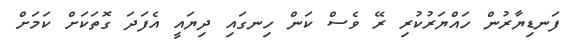
ފަނޑިޔާރުން ހައްޔަރުކުރި ރޭ ވެސް ކަން ހިނގައި ދިޔައީ އެފަދަ ގޮތަކަށް ކަމަށް